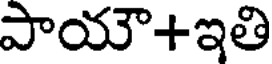
పాయౌ+ఇతి